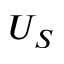
U _ { S }